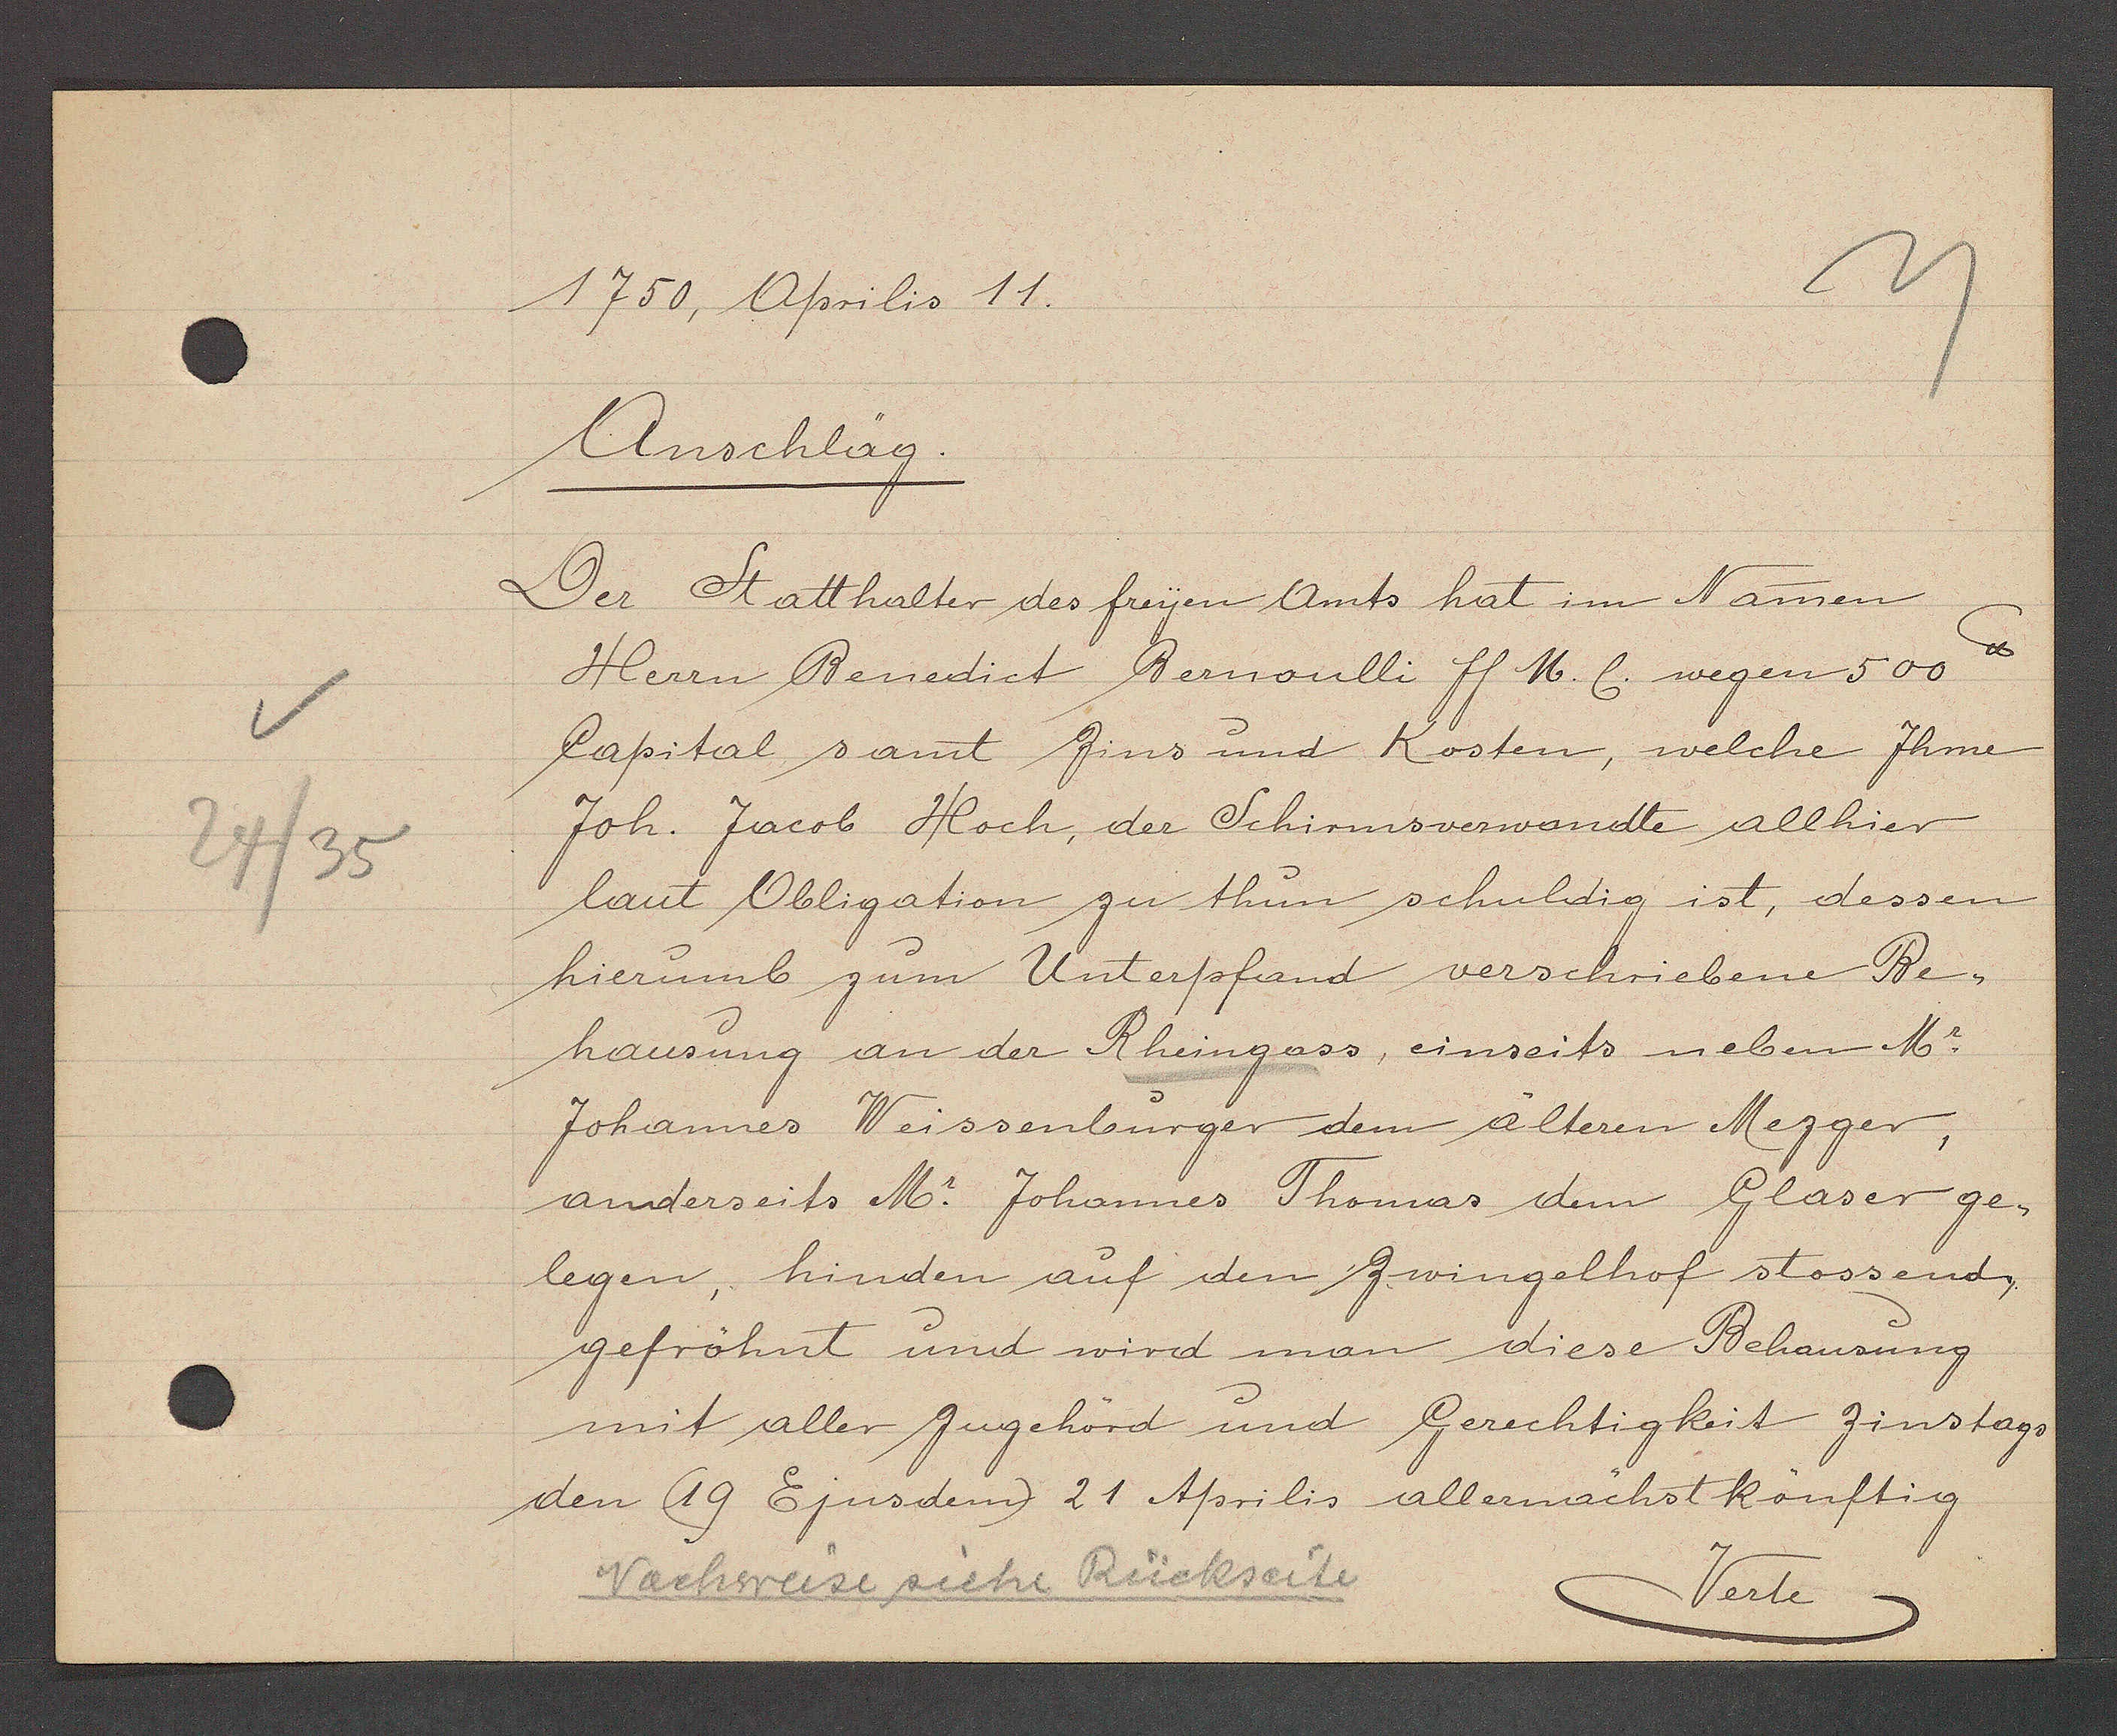
Transcript:
24/35

1750, Aprilis 11.

Anschläg.
Der Statthalter des freyen Amts hat im Namen
Herrn Benedict Bernoulli ff M. C. wegen 500℔
Capital samt Zins und Kosten, welche Ihme
Joh. Jacob Hoch, der Schirmsverwandte allhier

laut Obligation zu thun schuldig ist, dessen
hierumb zum Unterpfand verschriebene Be¬
hausung an der Rheingass, einseits neben Mr.
Johannes Weissenburger dem älteren Mezger,
anderseits Mr. Johannes Thomas dem Glaser ge¬
legen, hinden auf den Zwingelhof stossend,
gefröhnt und wird man diese Behausung
mit aller Zugehörd und Gerechtigkeit zinstags
den (19 Ejus dem) 21 Aprilis allernächst köuftig

Nachweise siehe Rückseite
Verte